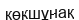
көкшұнақ